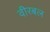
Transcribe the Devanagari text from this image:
वीरबल